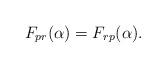
LaTeX: \begin{align*}F_{pr}(\alpha )=F_{rp}(\alpha ). \end{align*}